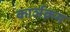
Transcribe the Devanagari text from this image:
कार्ञक्रम